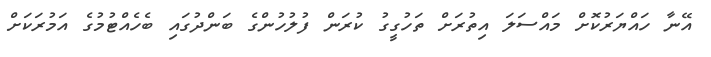
އޭނާ ހައްޔަރުކޮށް މައްސަލަ އިތުރަށް ތަހުގީގު ކުރަން ފުލުހުންގެ ބަންދުގައި ބެހެއްޓުމުގެ އަމުރަކަށް